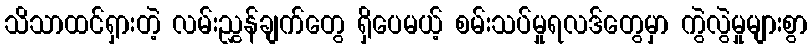
သိသာထင်ရှားတဲ့ လမ်းညွှန်ချက်တွေ ရှိပေမယ့် စမ်းသပ်မှုရလဒ်တွေမှာ ကွဲလွဲမှုများစွာ